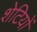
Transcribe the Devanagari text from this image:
शेटियों